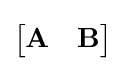
\left[{\begin{matrix}\mathbf {A} &\mathbf {B} \end{matrix}}\right]